Annual report on the mental hospital in the Central Provinces and Berar (Nagpur) - 1927-1951
Year: 1927
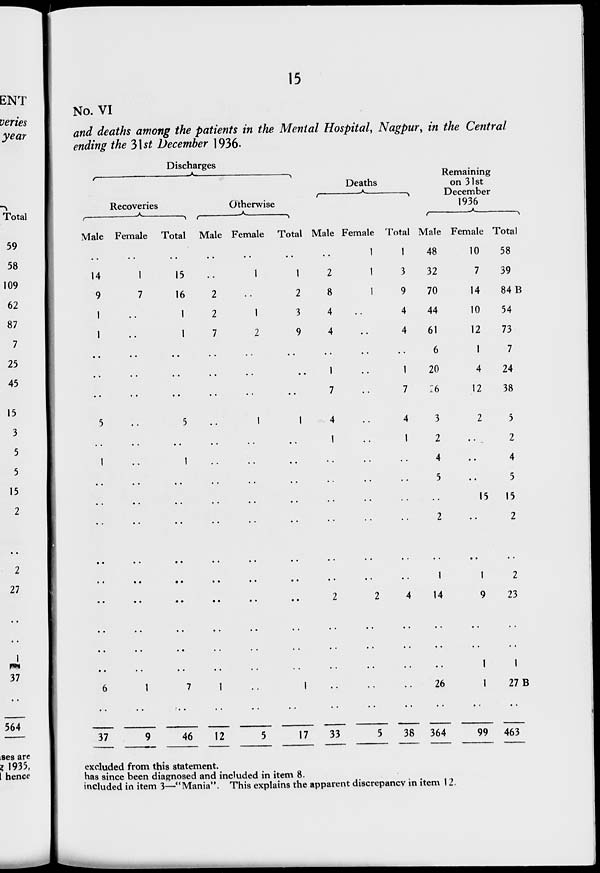
15
No. VI
and deaths among the patients in the Mental Hospital, Nagpur, in the Central
ending the 31st December 1936.
Discharges
Recoveries
Male
..
14
9
1
1
..
..
..
5
..
1
..
..
..
..
..
..
..
..
..
6
..
37
Female
..
1
7
..
..
..
..
..
..
..
..
..
..
..
..
..
..
..
..
..
1
..
9
Total
..
15
16
1
1
..
..
..
5
..
1
..
..
..
..
..
..
..
..
..
7
..
46
Otherwise
Male
..
..
2
2
7
..
..
..
..
..
..
..
..
..
..
..
..
..
..
..
1
..
12
Female
..
1
..
1
2
..
..
..
1
..
..
..
..
..
..
..
..
..
..
..
..
..
5
Total
..
1
2
3
9
..
..
..
1
..
..
..
..
..
..
..
..
..
..
..
1
..
17
Deaths
Male
..
2
8
4
4
..
1
7
4
..
..
..
..
..
..
..
2
..
..
..
..
..
33
Female
1
1
1
..
..
..
..
..
..
..
..
..
..
..
..
..
2
..
..
..
..
..
5
Total
1
3
9
4
4
..
1
7
4
..
..
..
..
..
..
..
4
..
..
..
..
..
38
Remaining
on 31st
December
1936
Male
48
32
70
44
61
6
20
26
3
2
4
5
..
2
..
1
14
..
..
..
26
..
364
Female
10
7
14
10
12
1
4
12
2
..
..
..
15
..
..
1
9
..
..
1
1
..
99
Total
58
39
84 B
54
73
7
24
38
5
2
4
5
15
2
..
2
23
..
..
1
27 B
..
463
excluded from this statement.
has since been diagnosed and included in item 8.
included in item 3—"Mania". This explains the apparent discrepancy in item 12.